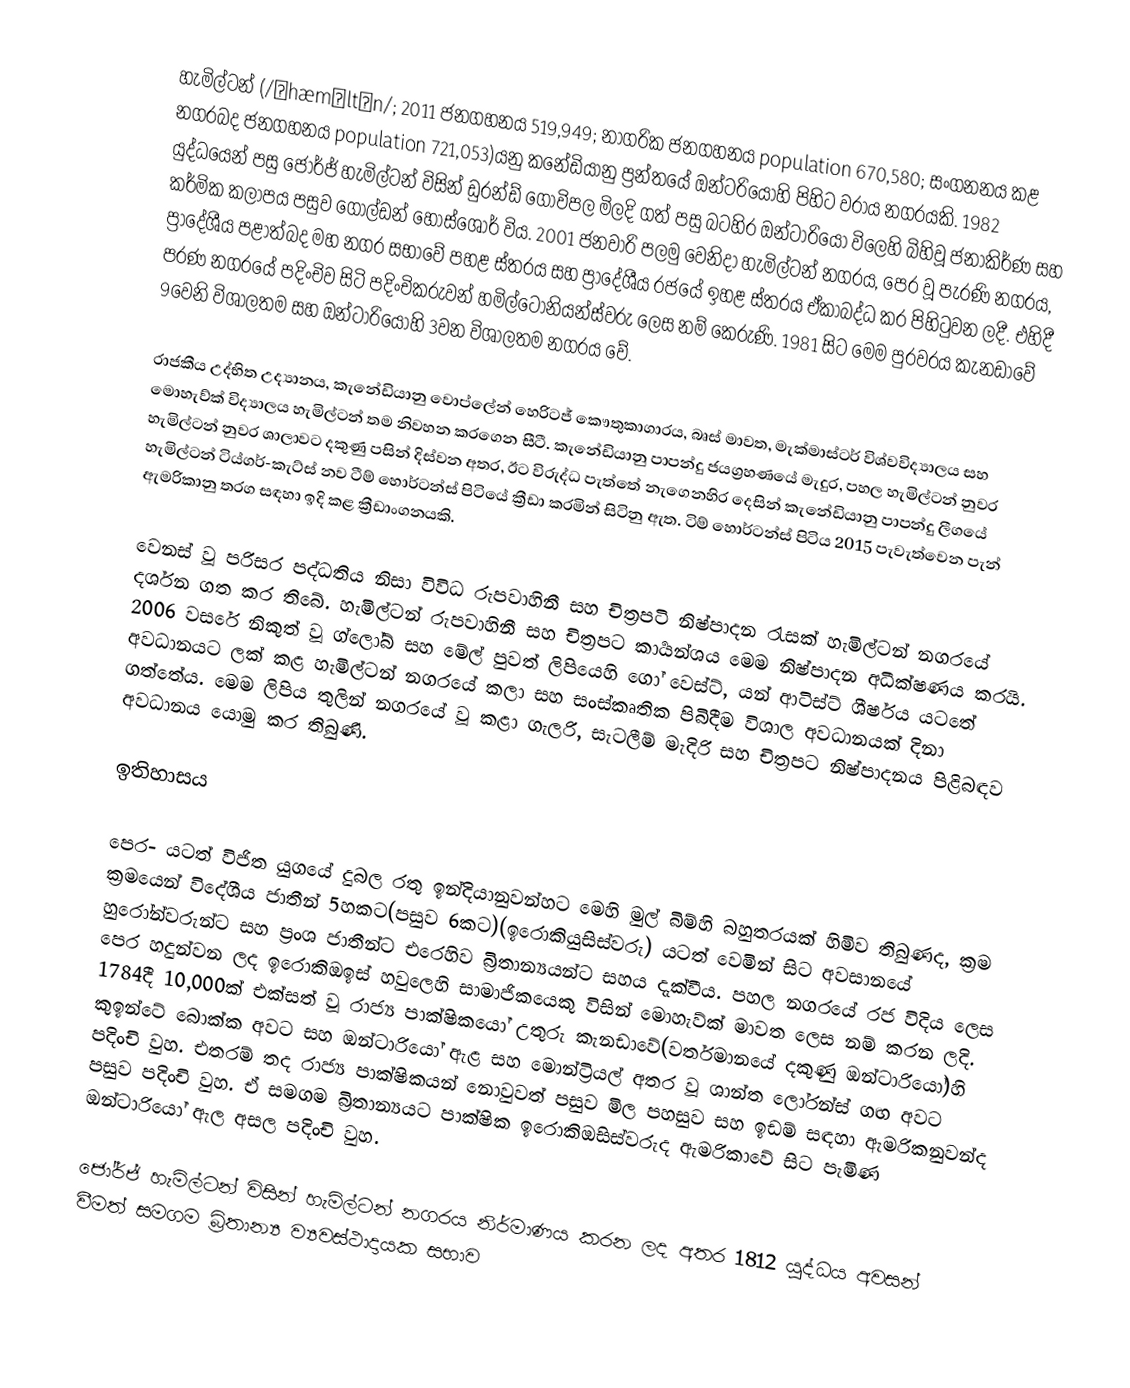
හැමිල්ටන් (/ˈhæməltən/; 2011 ජනගහනය 519,949; නාගරික ජනගහනය population 670,580; සංගනනය කළ නගරබද ජනගහනය population 721,053)යනු කනේඩියානු ප්‍රන්තයේ ඔන්ටරියොහි පිහිට වරාය නගරයකි. 1982 යුද්ධයෙන් පසු ජොර්ජ් හැමිල්ටන් විසින් ඩුරන්ඩ් ගොවිපල මිලදි ගත් පසු බටහිර ඔන්ටාරියෝ විලෙහි බිහිවූ ජනාකිර්ණ සහ කර්මික කලාපය පසුව ගොල්ඩන් හෝස්ශොර් විය. 2001 ජනවාරි පලමු වෙනිදා හැමිල්ටන් නගරය, පෙර වූ පැරණි නගරය, ප්‍රාදේශීය පළාත්බද මහ නගර සභාවේ පහළ ස්තරය සහ ප්‍රාදේශීය රජයේ ඉහළ ස්තරය ඒකාබද්ධ කර පිහිටුවන ලදී. එහිදී පරණ නගරයේ පදිංචිව සිටි පදිංචිකරුවන් හමිල්ටෝනියන්ස්වරු ලෙස නම් කෙරුණි. 1981 සිට මෙම පුරවරය කැනඩාවේ 9වෙනි විශාලතම සහ ඔන්ටාරියෝහි 3වන විශාලතම නගරය වේ.

රාජකීය උද්භිත උද්‍යානය, කැනේඩියානු වොප්ලේන් හෙරිටජ් කෞතුකාගාරය, බෘස් මාවත, මැක්මාස්ටර් විශ්වවිද්‍යාලය සහ මොහැව්ක් විද්‍යාලය හැමිල්ටන් තම නිවහන කරගෙන සීටී. කැනේඩියානු පාපන්දු ජයග්‍රහණයේ මැදුර, පහල හැමිල්ටන් නුවර හැමිල්ටන් නුවර ශාලාවට දකුණු පසින් දිස්වන අතර, ඊට විරුද්ධ පැත්තේ නැගෙනහිර දෙසින් කැනේඩියානු පාපන්දු ලීගයේ හැමිල්ටන් ටිය්ගර්-කැට්ස් නව ටීම් හොර්ටන්ස් පිටියේ ක්‍රීඩා කරමින් සිටිනු ඇත. ටිම් හොර්ටන්ස් පිටිය 2015 පැවැත්වෙන පැන් ඇමරිකානු තරග සඳහා ඉදි කළ ක්‍රීඩාංගනයකි.

වෙනස් වූ පරිසර පද්ධතිය නිසා විවිධ රුපවාහිනී සහ චිත්‍රපටි නිෂ්පාදන රැසක් හැමිල්ටන් නගරයේ දර්ශන ගත කර තිබේ. හැමිල්ටන් රුපවාහිනී සහ චිත්‍රපට කාර්‍යන්ශය මෙම නිෂ්පාදන අධීක්ෂණය කරයි. 2006 වසරේ නිකුත් වූ ග්ලෝබ් සහ මේල් පුවත් ලිපියෙහි ගෝ වෙස්ට්, යන් ආටිස්ට් ශීර්ෂය යටතේ අවධානයට ලක් කළ හැමිල්ටන් නගරයේ කලා සහ සංස්කෘතික පිබිදීම විශාල අවධානයක් දිනා ගත්තේය. මෙම ලිපිය තුලින් නගරයේ වූ කළා ගැලරි, සැටලීම් මැදිරි සහ චිත්‍රපට නිෂ්පාදනය පිළිබඳව අවධානය යොමු කර තිබුණි.

ඉතිහාසය

පෙර- යටත් විජිත යුගයේ දුබල රතු ඉන්දියානුවන්හට මෙහි මුල් බිම්හි බහුතරයක් හිමිව තිබුණද, ක්‍රම ක්‍රමයෙන් විදේශීය ජාතීන් 5හකට(පසුව 6කට)(ඉරොකියුසිස්වරු) යටත් වෙමින් සිට අවසානයේ හුරෝන්වරුන්ට සහ ප්‍රංශ ජාතීන්ට එරෙහිව බ්‍රිතාන්‍යයන්ට සහය දැක්වීය. පහල නගරයේ රජ විදිය ලෙස පෙර හදුන්වන ලද ඉරොකිඔඉස් හවුලෙහි සාමාජිකයෙකු විසින් මොහැව්ක් මාවත ලෙස නම් කරන ලදි. 1784දී 10,000ක් එක්සත් වූ රාජ්‍ය පාක්ෂිකයෝ උතුරු කැනඩාවේ(වර්තමානයේ දකුණු ඔන්ටාරියෝ)හි කුඉන්ටේ බොක්ක අවට සහ ඔන්ටාරියෝ ඇළ සහ මොන්ට්‍රියල් අතර වූ ශාන්ත ලෝරන්ස් ගඟ අවට පදිංචි වුහ. එතරම් තද රාජ්‍ය පාක්ෂිකයන් නොවුවත් පසුව මිල පහසුව සහ ඉඩම් සඳහා ඇමරිකනුවන්ද පසුව පදිංචි වුහ. ඒ සමගම බ්‍රිතාන්‍යයට පාක්ෂික ඉරොකිඔසිස්වරුද ඇමරිකාවේ සිට පැමිණ ඔන්ටාරියෝ ඇල අසල පදිංචි වුහ.

ජෝර්ජ් හැමිල්ටන් විසින් හැමිල්ටන් නගරය නිර්මාණය කරන ලද අතර 1812 යුද්ධය අවසන් වීමත් සමගම බ්‍රිතාන්‍ය ව්‍යවස්ථාදායක සභාව